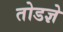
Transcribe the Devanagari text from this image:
तोडज्ञे